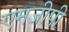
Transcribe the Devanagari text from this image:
एमजीपी